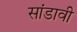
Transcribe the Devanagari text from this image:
सांडावी